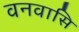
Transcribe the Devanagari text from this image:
वनवासि